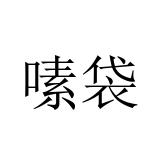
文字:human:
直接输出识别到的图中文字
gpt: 嗉袋